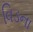
વિડના